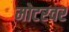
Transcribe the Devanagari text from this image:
मोटरवर